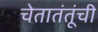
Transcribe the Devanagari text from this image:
चेतातंतूंची